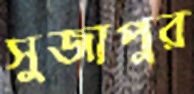
সুজাপুর